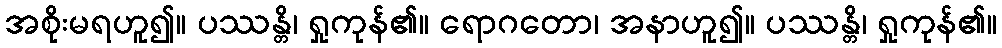
အစိုးမရဟူ၍။ ပဿန္တိ၊ ရှုကုန်၏။ ရောဂတော၊ အနာဟူ၍။ ပဿန္တိ၊ ရှုကုန်၏။